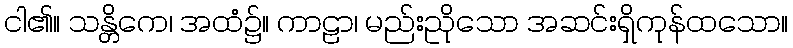
ငါ၏။ သန္တိကေ၊ အထံ၌။ ကာဠာ၊ မည်းညိုသော အဆင်းရှိကုန်ထသော။